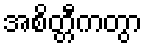
အစိတ္တီကတွာ